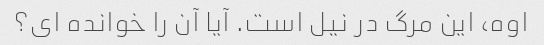
اوه، این مرگ در نیل است. آیا آن را خوانده ای؟